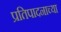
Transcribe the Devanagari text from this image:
प्रतिपादनाच्या